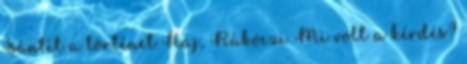
Sántít a történet Haj, Rákóczi Mi volt a kérdés?